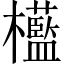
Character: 𣠩